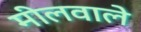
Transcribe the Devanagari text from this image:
मीलवाले